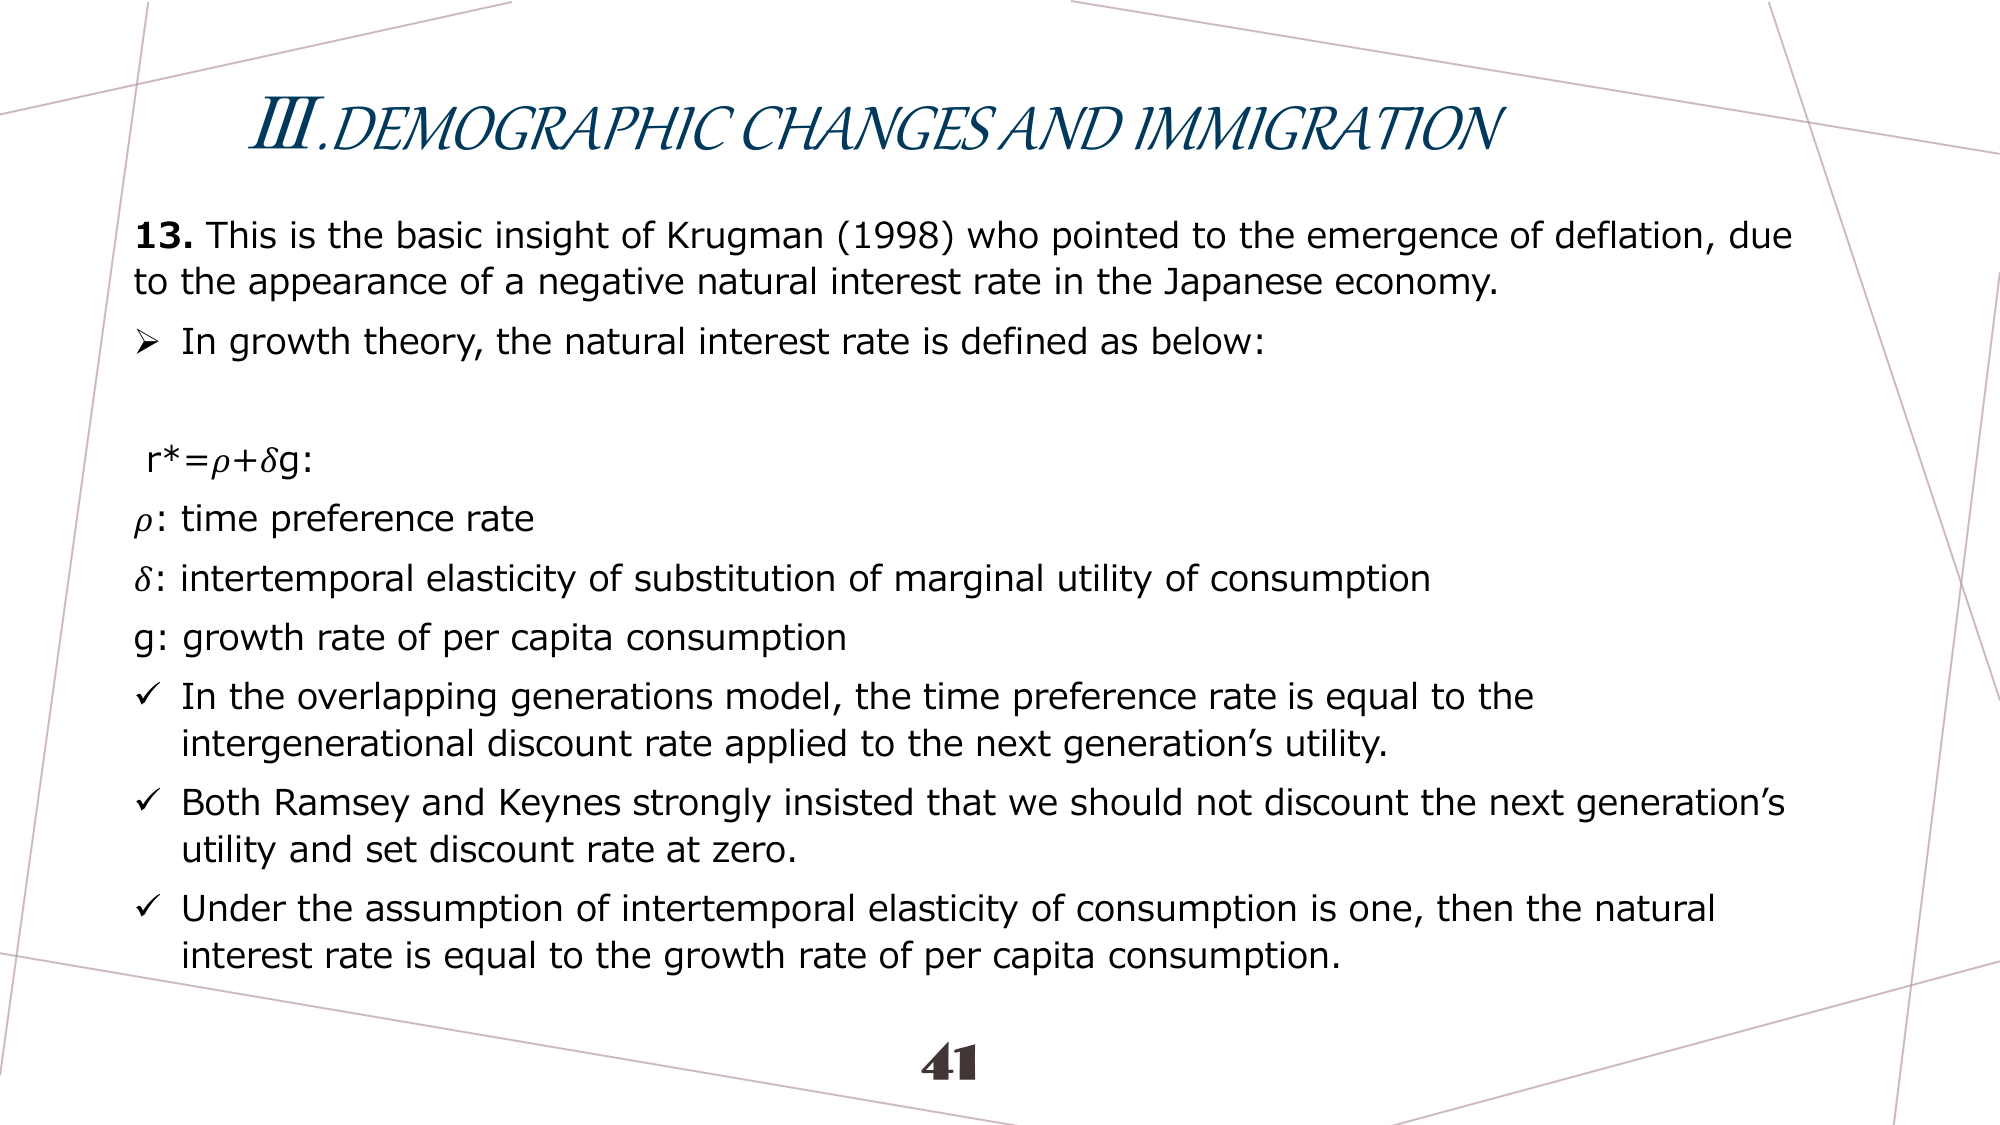
III. DEMOGRAPHIC CHANGES AND IMMIGRATION

13. This is the basic insight of Krugman (1998) who pointed to the emergence of deflation, due to the appearance of a negative natural interest rate in the Japanese economy.

➤ In growth theory, the natural interest rate is defined as below:

r* = ρ + δg:

ρ: time preference rate
δ: intertemporal elasticity of substitution of marginal utility of consumption
g: growth rate of per capita consumption

✓ In the overlapping generations model, the time preference rate is equal to the intergenerational discount rate applied to the next generation’s utility.

✓ Both Ramsey and Keynes strongly insisted that we should not discount the next generation’s utility and set discount rate at zero.

✓ Under the assumption of intertemporal elasticity of consumption is one, then the natural interest rate is equal to the growth rate of per capita consumption.

41